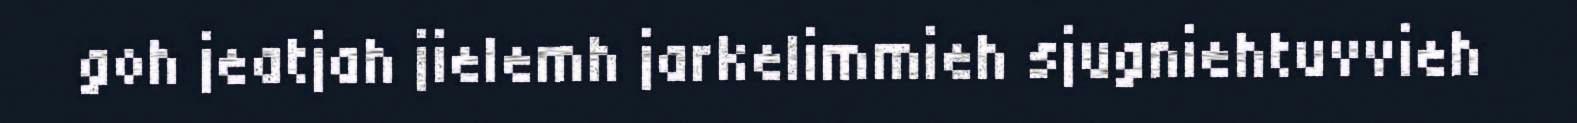
goh jeatjah jielemh jarkelimmieh sjugniehtuvvieh